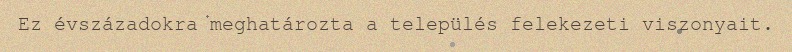
Ez évszázadokra meghatározta a település felekezeti viszonyait.